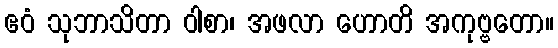
ဧဝံ သုဘာသိတာ ဝါစာ၊ အဖလာ ဟောတိ အကုဗ္ဗတော။